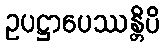
ဥပဋ္ဌာပေဿန္တိပိ